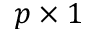
p \times 1